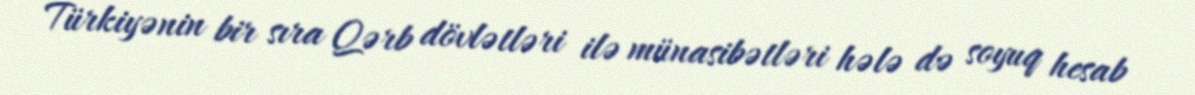
Türkiyənin bir sıra Qərb dövlətləri ilə münasibətləri hələ də soyuq hesab